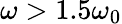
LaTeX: \omega>1.5\omega_{0}